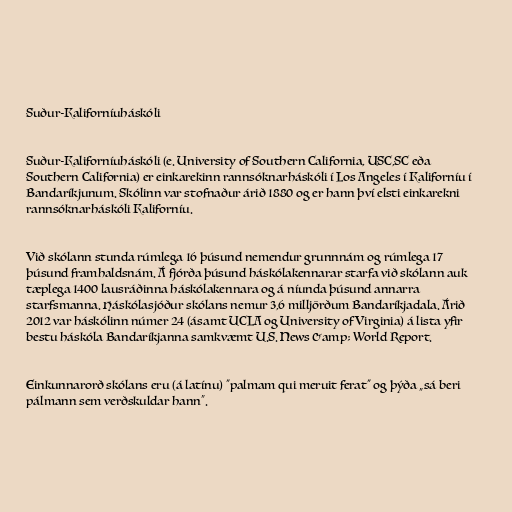
Suður-Kaliforníuháskóli

Suður-Kaliforníuháskóli (e. University of Southern California, USC,SC eða
Southern California) er einkarekinn rannsóknarháskóli í Los Angeles í Kaliforníu í
Bandaríkjunum. Skólinn var stofnaður árið 1880 og er hann því elsti einkarekni
rannsóknarháskóli Kaliforníu.

Við skólann stunda rúmlega 16 þúsund nemendur grunnnám og rúmlega 17
þúsund framhaldsnám. Á fjórða þúsund háskólakennarar starfa við skólann auk
tæplega 1400 lausráðinna háskólakennara og á níunda þúsund annarra
starfsmanna. Háskólasjóður skólans nemur 3,6 milljörðum Bandaríkjadala. Árið
2012 var háskólinn númer 24 (ásamt UCLA og University of Virginia) á lista yfir
bestu háskóla Bandaríkjanna samkvæmt U.S. News &amp; World Report.

Einkunnarorð skólans eru (á latínu) "palmam qui meruit ferat" og þýða „sá beri
pálmann sem verðskuldar hann“.